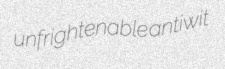
unfrightenable antiwit